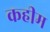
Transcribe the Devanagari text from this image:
कहीम